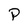
Character: P